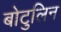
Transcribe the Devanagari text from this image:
बोटुलिन